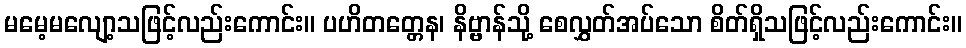
မမေ့မလျော့သဖြင့်လည်းကောင်း။ ပဟိတတ္တေန၊ နိဗ္ဗာန်သို့ စေလွှတ်အပ်သော စိတ်ရှိသဖြင့်လည်းကောင်း။